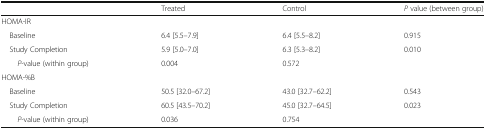
<table><thead><tr><td></td><td><b>Treated</b></td><td><b>Control</b></td><td><b><i>P</i> value (between group)</b></td></tr></thead><tbody><tr><td colspan="4">HOMA-IR</td></tr><tr><td> Baseline</td><td>6.4 [5.5–7.9]</td><td>6.4 [5.5–8.2]</td><td>0.915</td></tr><tr><td> Study Completion</td><td>5.9 [5.0–7.0]</td><td>6.3 [5.3–8.2]</td><td>0.010</td></tr><tr><td><i>P</i>-value (within group)</td><td>0.004</td><td>0.572</td><td></td></tr><tr><td colspan="4">HOMA-%B</td></tr><tr><td> Baseline</td><td>50.5 [32.0–67.2]</td><td>43.0 [32.7–62.2]</td><td>0.543</td></tr><tr><td> Study Completion</td><td>60.5 [43.5–70.2]</td><td>45.0 [32.7–64.5]</td><td>0.023</td></tr><tr><td><i>P</i>-value (within group)</td><td>0.036</td><td>0.754</td><td></td></tr></tbody></table>